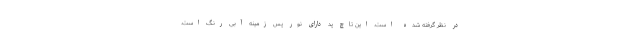
در نظر گرفته شده است. این تاچ پد دارای نور پس زمینه آبی رنگ است.